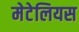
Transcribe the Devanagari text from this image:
मेटेलियस